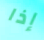
إذا